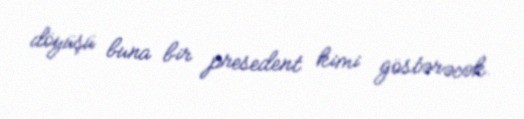
döyüşü buna bir presedent kimi göstərəcək.